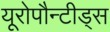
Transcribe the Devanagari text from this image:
यूरोपौन्टीड्स